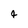
Character: 4